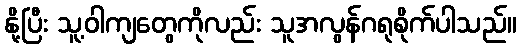
နို့ပြီး သူ့ဝါကျတွေကိုလည်း သူအလွန်ဂရုစိုက်ပါသည်။